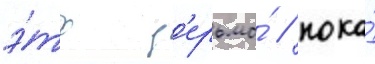
э́то д'ерьмо́ / пока́